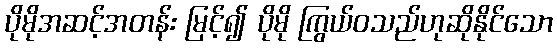
ပိုမိုအဆင့်အတန်း မြင့်၍ ပိုမို ကြွယ်ဝသည်ဟုဆိုနိုင်သော